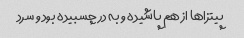
پیتزا‌ها از هم پاشیده و به در چسبیده بود و سرد